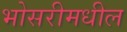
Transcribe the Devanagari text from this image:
भोसरीमधील